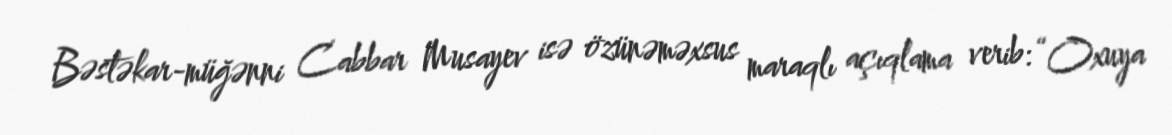
Bəstəkar-müğənni Cabbar Musayev isə özünəməxsus maraqlı açıqlama verib: “Oxuya